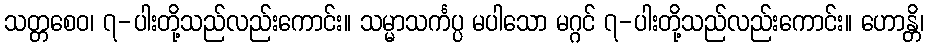
သတ္တစေဝ၊ ၇-ပါးတို့သည်လည်းကောင်း။ သမ္မာသင်္ကပ္ပ မပါသော မဂ္ဂင် ၇-ပါးတို့သည်လည်းကောင်း။ ဟောန္တိ၊